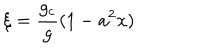
LaTeX: \xi = \frac { g _ { c } } { g } ( 1 - a ^ { 2 } x )